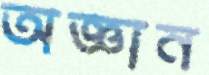
অজ্ঞান